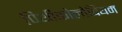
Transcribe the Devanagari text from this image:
पिथीकोलोबियम